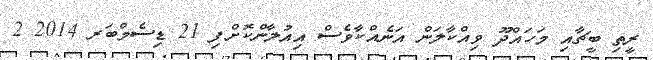
ރީތި ބީޗާއި މަހައްދޫ ވިއްކާލަން އަނެއްކާވެސް އިއުލާންކޮށްފި 21 ޑިސެމްބަރ 2014 2